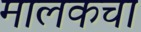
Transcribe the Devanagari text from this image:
मालकचा